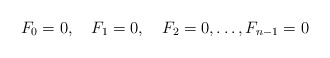
\begin{align*}F_0=0,\quad F_1 = 0, \quad F_2 = 0,\dots , F_{n-1} = 0 \end{align*}